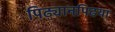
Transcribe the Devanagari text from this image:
पिढ्यानपिढया